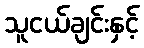
သူငယ်ချင်းနှင့်